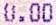
0.00